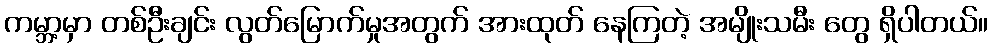
ကမ္ဘာ့မှာ တစ်ဦးချင်း လွတ်မြောက်မှုအတွက် အားထုတ် နေကြတဲ့ အမျိုးသမီး တွေ ရှိပါတယ်။